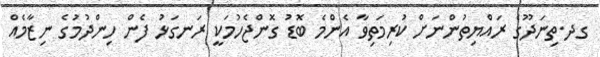
ގދ.ތިނަދޫގެ ރައްޔިތުންނަށް ކުރިމަތިވާ އެންމެ ބޮޑު ގޮންޖެހުމަކީ ރަނގަޅު ފެން ހިންދުމުގެ ނިޒާމެއް